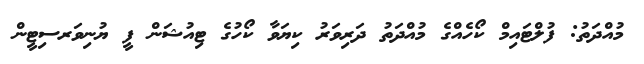
މުއްދަތު: ފުލްޓައިމް ކޯހެއްގެ މުއްދަތު ދަރިވަރު ކިޔަވާ ކޯހުގެ ޓިއުޝަން ފީ ޔުނިވަރސިޓީން